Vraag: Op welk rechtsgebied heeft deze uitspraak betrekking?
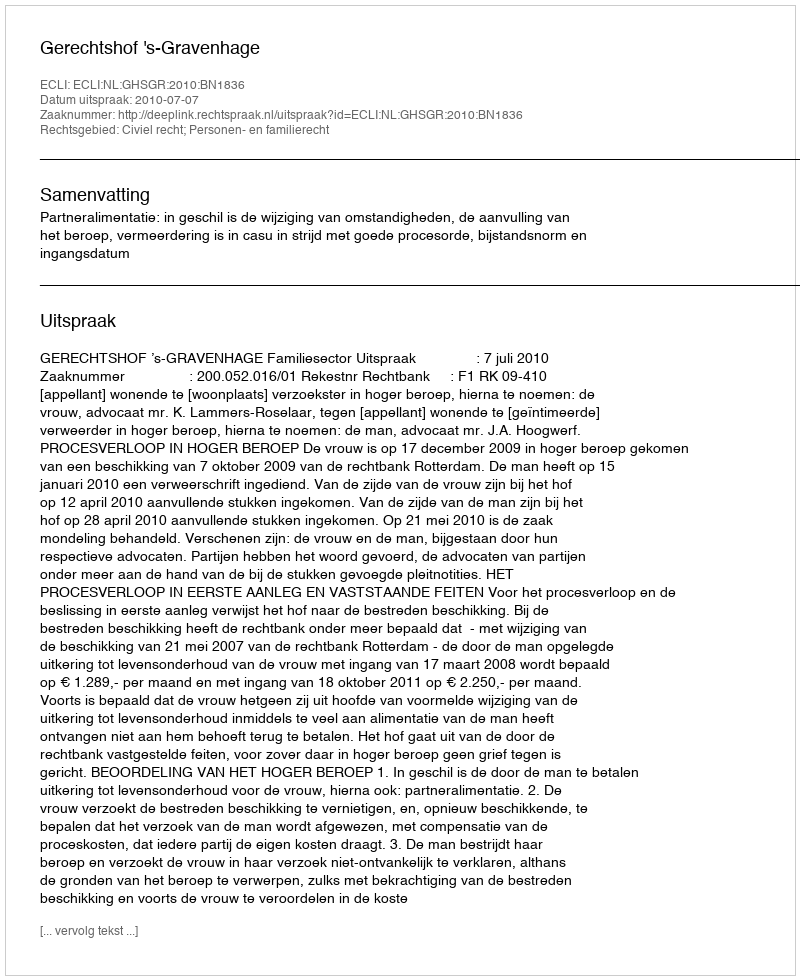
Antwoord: Civiel recht; Personen- en familierecht